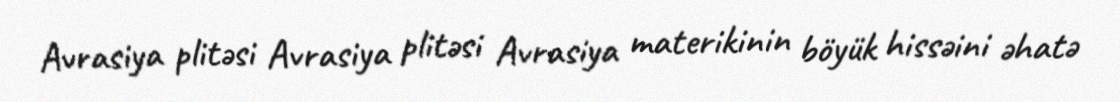
Avrasiya plitəsi Avrasiya plitəsi Avrasiya materikinin böyük hissəini əhatə